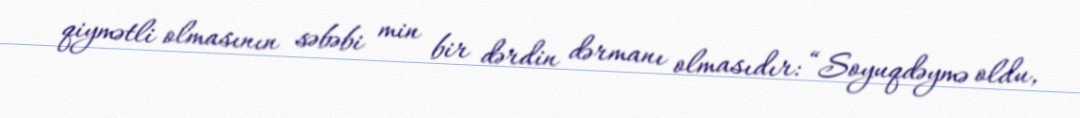
qiymətli olmasının səbəbi min bir dərdin dərmanı olmasıdır: “Soyuqdəymə oldu,